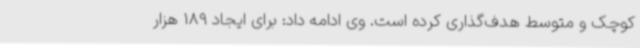
کوچک و متوسط هدف‌گذاری کرده است. وی ادامه داد: برای ایجاد 189 هزار